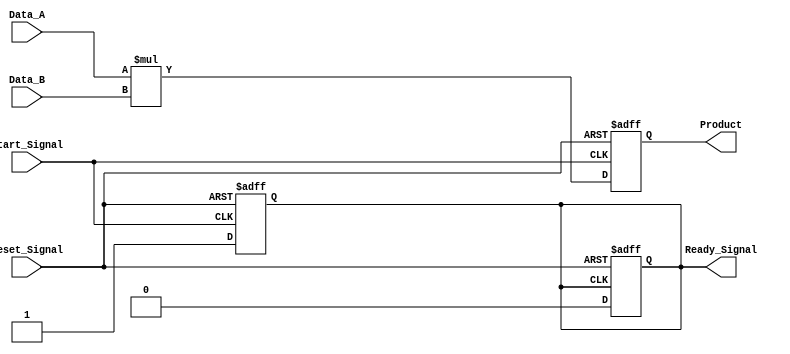
module StreamingMultiplier #(
    parameter DATA_WIDTH = 16,     // Width of Data A and Data B
    parameter PRODUCT_WIDTH = 32    // Width of the Product
)(
    input  wire [DATA_WIDTH-1:0] Data_A,      // Input Data A
    input  wire [DATA_WIDTH-1:0] Data_B,      // Input Data B
    input  wire Start_Signal,                  // Start signal
    input  wire Reset_Signal,                  // Asynchronous reset
    output reg [PRODUCT_WIDTH-1:0] Product,    // Output Product
    output reg Ready_Signal                    // Ready signal
);

    // Internal state
    reg processing;
    
    always @(posedge Start_Signal or posedge Reset_Signal) begin
        if (Reset_Signal) begin
            // Reset the state
            Product <= 0;
            Ready_Signal <= 0;
            processing <= 0;
        end else begin
            // Start processing on Start Signal
            processing <= 1;
            // Perform multiplication
            Product <= Data_A * Data_B;
            // Indicate that the result is ready
            Ready_Signal <= 1;
        end
    end

    // Handle Ready signal and processing state
    always @(posedge Ready_Signal or posedge Reset_Signal) begin
        if (Reset_Signal) begin
            Ready_Signal <= 0;
        end else begin
            // Clear the ready signal after reading the product
            Ready_Signal <= 0;
            processing <= 0; // Reset processing state
        end
    end

endmodule